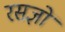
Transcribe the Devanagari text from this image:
रसज्ञों